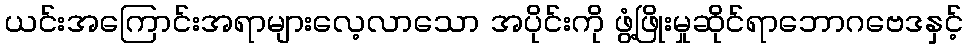
ယင်းအကြောင်းအရာများလေ့လာသော အပိုင်းကို ဖွံ့ဖြိုးမှုဆိုင်ရာဘောဂဗေဒနှင့်